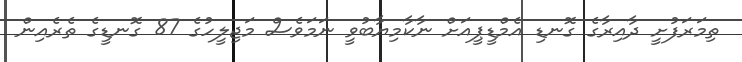
ތިމަރަފުށީ ދާއިރާގެ ގޮނޑި އެމްޑީޕީއަށް ނާކާމިޔާބުވީ ނަމަވެސް މަޖިލީހުގެ 87 ގޮނޑީގެ ތެރެއިން